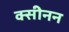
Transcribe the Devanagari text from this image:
क्सीनन